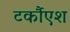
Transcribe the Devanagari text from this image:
टर्कौएश